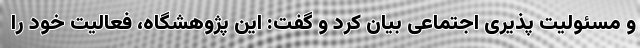
و مسئولیت پذیری اجتماعی بیان کرد و گفت: این پژوهشگاه، فعالیت خود را